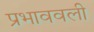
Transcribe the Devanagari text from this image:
प्रभाववली